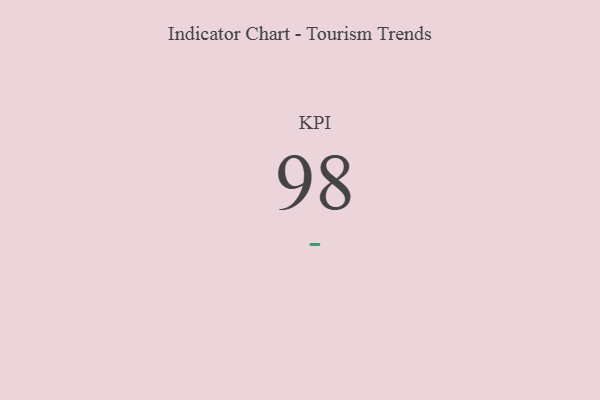
{"axis": {"x": "KPI", "y": "Value"}, "legend": [""], "data": [{"x": "KPI", "y": 98, "type": ""}]}